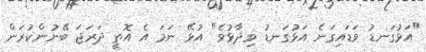
"އަޅުގަނޑު ވަޑައިގަނެ އަޅުގަނޑު ވިދާޅުވެ" އުޅޭ ނަމަ އެ އޮތީ ދަރަޖަ ބޭނުންކުރަން